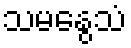
သမနွေသံ